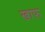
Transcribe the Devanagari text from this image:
खाफ